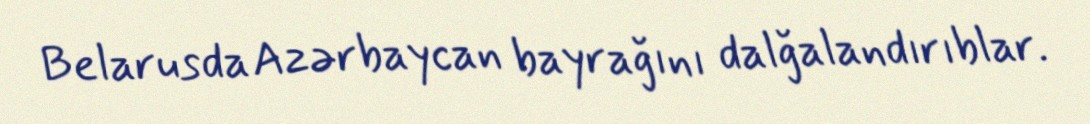
Belarusda Azərbaycan bayrağını dalğalandırıblar.